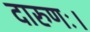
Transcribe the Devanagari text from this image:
दारुणः।